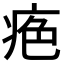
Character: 𤶋